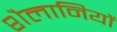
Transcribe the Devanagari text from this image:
शैलानियों